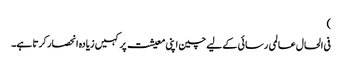
)
فی الحال عالمی رسائی کے لیے چین اپنی معیشت پر کہیں زیادہ انحصار کرتا ہے۔